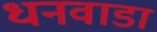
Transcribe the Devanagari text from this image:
धनवाडा